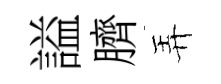
謚臍弄